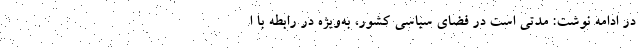
در ادامه نوشت: مدتی است در فضای سیاسی کشور، به‌ویژه در رابطه با ا